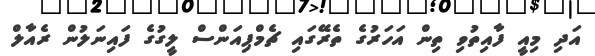
އަދި މިއީ ފާއިތުވި ތިން އަހަރުގެ ތެރޭގައި ޗެމްޕިއަންސް ލީގުގެ ފައިނަލުން ރެއާލް